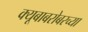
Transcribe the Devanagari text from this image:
क्यूबाबरोबरच्या